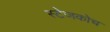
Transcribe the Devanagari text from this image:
स्‍टेजकोच